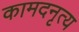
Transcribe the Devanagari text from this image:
कामदनृत्य